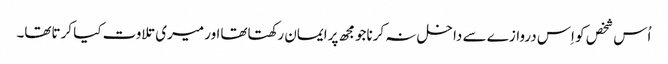
اُس شخص کو اِس دروازے سے داخل نہ کرناجومجھ پرایمان رکھتاتھااور میری تلاوت کیا کرتاتھا۔